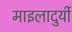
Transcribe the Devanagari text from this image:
माइलादुर्यी